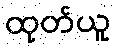
ထုတ်ယူ